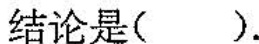
结论是().